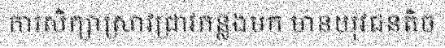
ការសិក្សាស្រាវជ្រាវកន្លងមក មានយុវជនតិច